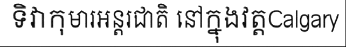
ទិវាកុមារអន្តរជាតិ នៅក្នុងវត្តCalgary